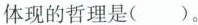
体现的哲理是( )。